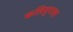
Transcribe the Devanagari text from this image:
कलियुगाला